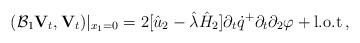
LaTeX: \begin{align*}(\mathcal{B}_1{\mathbf V}_{t},{\mathbf V}_{t})|_{x_1=0}=2[\hat{u}_2-\hat\lambda\hat{H}_2]\partial_t\dot{q}^+\partial_{t}\partial_2\varphi + \mbox{l.o.t}\,,\end{align*}